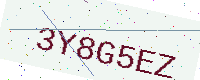
Text: 3Y8G5EZ